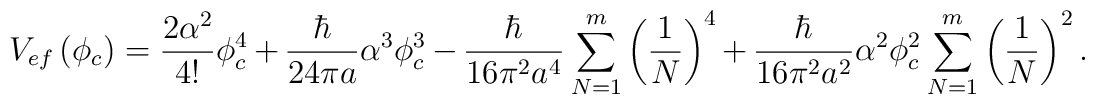
V_{ef}\left( \phi _{c}\right) = \frac{2\alpha^{2}}{4!}\phi_{c}^{4} +\frac{\hbar}{24\pi a}\alpha ^{3}\phi_{c}^{3} -\frac{\hbar}{16\pi^{2}a^{4}}\sum_{N=1}^{m}\left(\frac{1}{N}\right)^{4} + \frac{\hbar}{16\pi^{2}a^{2}}\alpha^{2}\phi_{c}^{2}\sum_{N=1}^{m}\left(\frac{1}{N}\right)^{2}.